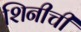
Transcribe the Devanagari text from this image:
शिनीची